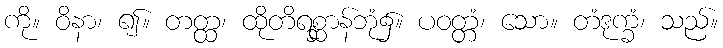
ကို။ ဝိနာ၊ ၍။ တတ္ထ၊ ထိုတိရစ္ဆာန်ဘုံ၌။ ပဝတ္တံ၊ သော။ တံဒုက္ခံ၊ သည်။